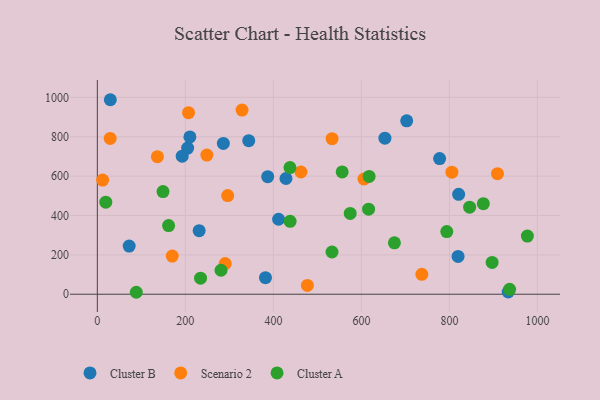
{"axis": {"x": "Experience", "y": "Demand"}, "legend": ["Cluster A", "Cluster B", "Scenario 2"], "data": [{"x": "411.8", "y": 380.9, "type": "Cluster B"}, {"x": "387.1", "y": 597.0, "type": "Cluster B"}, {"x": "702.9", "y": 880.8, "type": "Cluster B"}, {"x": "653.4", "y": 793.0, "type": "Cluster B"}, {"x": "777.7", "y": 689.1, "type": "Cluster B"}, {"x": "819.6", "y": 192.2, "type": "Cluster B"}, {"x": "344.0", "y": 780.0, "type": "Cluster B"}, {"x": "231.3", "y": 322.6, "type": "Cluster B"}, {"x": "428.6", "y": 588.0, "type": "Cluster B"}, {"x": "29.5", "y": 988.1, "type": "Cluster B"}, {"x": "72.3", "y": 244.6, "type": "Cluster B"}, {"x": "933.5", "y": 11.4, "type": "Cluster B"}, {"x": "205.2", "y": 742.4, "type": "Cluster B"}, {"x": "192.8", "y": 701.1, "type": "Cluster B"}, {"x": "382.0", "y": 84.0, "type": "Cluster B"}, {"x": "286.3", "y": 766.2, "type": "Cluster B"}, {"x": "210.3", "y": 798.9, "type": "Cluster B"}, {"x": "820.9", "y": 507.4, "type": "Cluster B"}, {"x": "533.4", "y": 790.1, "type": "Scenario 2"}, {"x": "136.5", "y": 698.9, "type": "Scenario 2"}, {"x": "170.2", "y": 193.9, "type": "Scenario 2"}, {"x": "605.8", "y": 585.4, "type": "Scenario 2"}, {"x": "290.5", "y": 155.9, "type": "Scenario 2"}, {"x": "29.2", "y": 791.4, "type": "Scenario 2"}, {"x": "462.6", "y": 620.9, "type": "Scenario 2"}, {"x": "805.6", "y": 620.0, "type": "Scenario 2"}, {"x": "477.3", "y": 44.8, "type": "Scenario 2"}, {"x": "328.8", "y": 935.3, "type": "Scenario 2"}, {"x": "248.9", "y": 706.8, "type": "Scenario 2"}, {"x": "207.2", "y": 922.2, "type": "Scenario 2"}, {"x": "296.2", "y": 501.3, "type": "Scenario 2"}, {"x": "909.2", "y": 612.6, "type": "Scenario 2"}, {"x": "12.0", "y": 579.8, "type": "Scenario 2"}, {"x": "737.3", "y": 100.9, "type": "Scenario 2"}, {"x": "533.2", "y": 214.6, "type": "Cluster A"}, {"x": "877.0", "y": 460.1, "type": "Cluster A"}, {"x": "936.7", "y": 24.9, "type": "Cluster A"}, {"x": "574.5", "y": 410.6, "type": "Cluster A"}, {"x": "616.3", "y": 432.2, "type": "Cluster A"}, {"x": "675.0", "y": 261.2, "type": "Cluster A"}, {"x": "149.2", "y": 521.7, "type": "Cluster A"}, {"x": "617.5", "y": 598.6, "type": "Cluster A"}, {"x": "845.9", "y": 442.3, "type": "Cluster A"}, {"x": "88.5", "y": 9.9, "type": "Cluster A"}, {"x": "19.2", "y": 467.5, "type": "Cluster A"}, {"x": "281.0", "y": 121.7, "type": "Cluster A"}, {"x": "161.9", "y": 348.6, "type": "Cluster A"}, {"x": "897.0", "y": 161.6, "type": "Cluster A"}, {"x": "437.7", "y": 643.5, "type": "Cluster A"}, {"x": "794.0", "y": 318.5, "type": "Cluster A"}, {"x": "438.0", "y": 370.4, "type": "Cluster A"}, {"x": "556.3", "y": 621.1, "type": "Cluster A"}, {"x": "977.1", "y": 295.3, "type": "Cluster A"}, {"x": "234.5", "y": 81.5, "type": "Cluster A"}]}